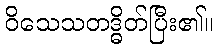
ဝိသေသတဒ္ဓိတ်ပြီး၏။